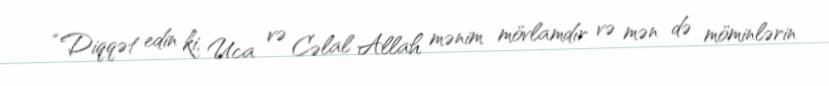
“Diqqət edin ki, Uca və Cəlal Allah mənim mövlamdır və mən də möminlərin